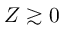
Z \gtrsim 0